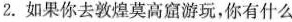
2.如果你去敦煌莫高窟游玩，你有什么